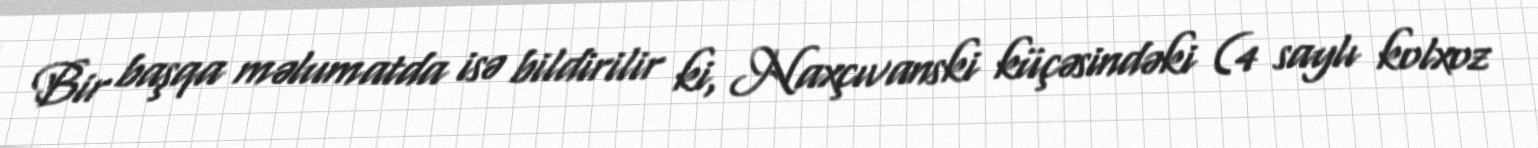
Bir başqa məlumatda isə bildirilir ki, Naxçıvanski küçəsindəki (4 saylı kolxoz